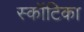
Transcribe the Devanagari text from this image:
स्कॉटिका